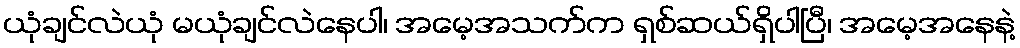
ယုံချင်လဲယုံ မယုံချင်လဲနေပါ၊ အမေ့အသက်က ရှစ်ဆယ်ရှိပါပြီ၊ အမေ့အနေနဲ့